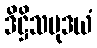
ဒိဋ္ဌိသမုဒယံ